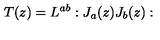
T ( z ) = L ^ { a b } : J _ { a } ( z ) J _ { b } ( z ) :